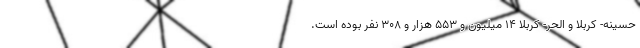
حسینه- کربلا و الحر- کربلا ۱۴ میلیون و ۵۵۳ هزار و ۳۰۸ نفر بوده است.